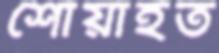
শোয়াইত